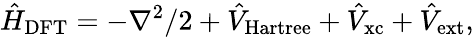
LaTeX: \hat{H}_{\mathrm{DFT}}=-\nabla^{2}/2+\hat{V}_{\mathrm{Hartree}}+\hat{V}_{\mathrm{xc}}+\hat{V}_{\mathrm{ext}},